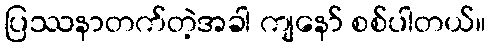
ပြဿနာတက်တဲ့အခါ ကျနော် စစ်ပါတယ်။